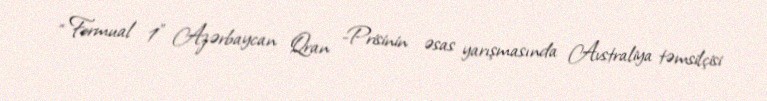
“ Formual 1” Azərbaycan Qran -Prisinin əsas yarışmasında Avstraliya təmsilçisi